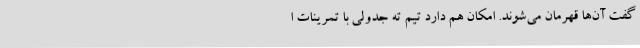
گفت آن‌ها قهرمان می‌شوند. امکان هم دارد تیم ته جدولی با تمرینات ا